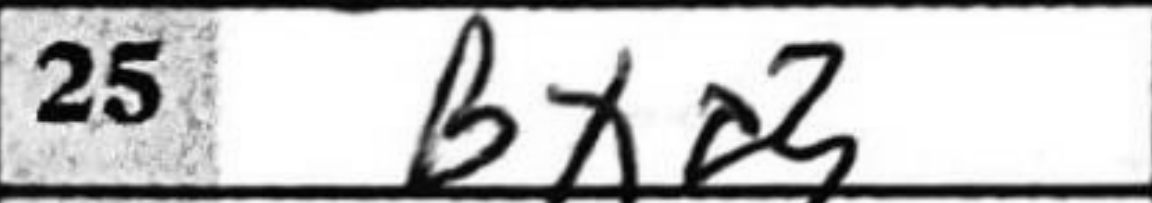
Transcription: Bxd3